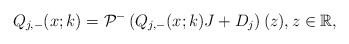
\begin{align*}Q_{j,-}(x;k)=\mathcal{P}^-\left(Q_{j,-}(x;k) J +D_j\right)(z), z \in \mathbb{R},\end{align*}